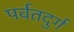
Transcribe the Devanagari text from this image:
पर्वतदुर्ग